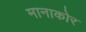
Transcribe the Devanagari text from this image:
मानाकोर